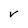
Character: V